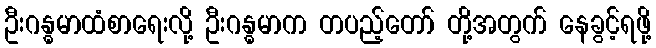
ဦးဂန္ဓမာထံစာရေးလို့ ဦးဂန္ဓမာက တပည့်တော် တို့အတွက် နေခွင့်ရဖို့